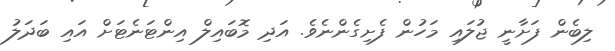
ލިބެން ފަށާނީ ޖުލައި މަހުން ފެށިގެންނެވެ. އަދި މޮބައިލް އިންޓަނެޓަށް އައި ބަދަލު